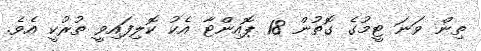
ތިން ވަނަ ޓީމުގެ ގޮތުން 18 ޕޮއިންޓާ އެކު ކޮލިފައިވީ ތުރުކީ އެވެ.